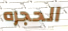
الحجره